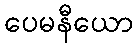
ပေမနီယော